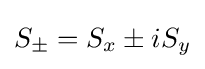
S_{\pm }=S_{x}\pm iS_{y}